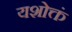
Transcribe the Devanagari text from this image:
यशोक्तं